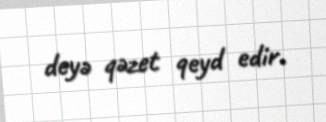
deyə qəzet qeyd edir.